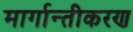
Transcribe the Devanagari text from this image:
मार्गान्तीकरण